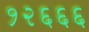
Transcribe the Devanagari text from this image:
१२६६६